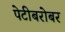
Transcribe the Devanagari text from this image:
पेटीबरोबर